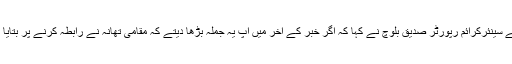
بعد میں مجھے ڈان کے سینئرکرائم رپورٹر صدیق بلوچ نے کہا کہ اگر خبر کے آخر میں آپ یہ جملہ بڑھا دیتے کہ مقامی تھانہ نے رابطہ کرنے پر بتایا کہ حقائق درست نہیں۔